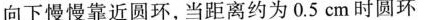
向下慢慢靠近圆环，当距离约为0.5cm时圆环